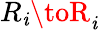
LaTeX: R_{\mathit{i}}\toR_{\mathit{i}}